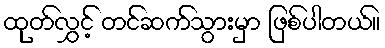
ထုတ်လွှင့် တင်ဆက်သွားမှာ ဖြစ်ပါတယ်။